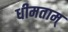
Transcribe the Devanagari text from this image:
धीमताम्‌